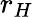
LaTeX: r_{H}